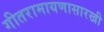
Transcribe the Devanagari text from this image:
गीतरामायणासारखी